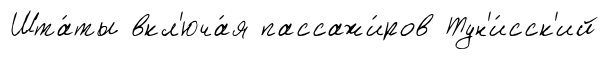
Шта́ты вкл'юча́я пассажи́ров Тун'и́сск'ий